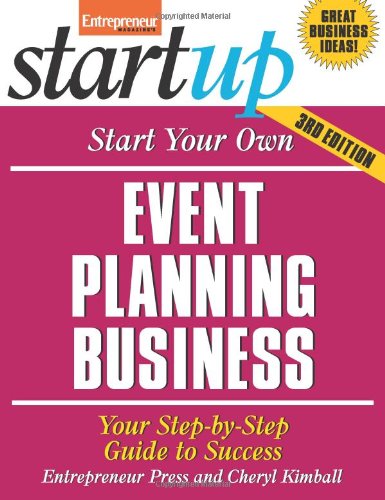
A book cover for Start Your Own Event Planning Business: Your Step-By-Step Guide to Success (StartUp Series); Entrepreneur Press; Politics & Social Sciences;